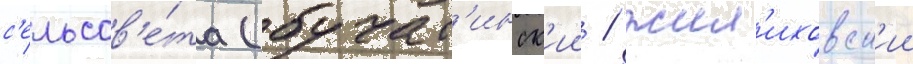
с'ельсов'е́та (бучат'инск'ии / жил'иховск'ии